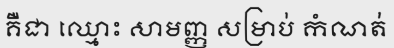
គឺជា ឈ្មោះ សាមញ្ញ សម្រាប់ កំណត់